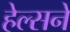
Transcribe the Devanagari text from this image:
हेल्सने